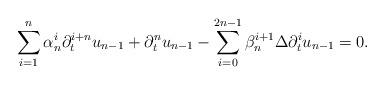
LaTeX: \begin{align*}\sum_{i=1}^n \alpha_n^i\partial_t^{i+n}u_{n-1}+\partial_t^{n}u_{n-1}-\sum_{i=0}^{2n-1}\beta_n^{i+1}\Delta \partial_t^{i} u_{n-1}=0.\end{align*}